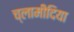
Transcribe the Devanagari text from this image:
च्‍लामीदिया